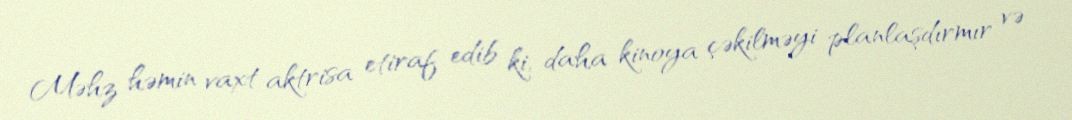
Məhz həmin vaxt aktrisa etiraf edib ki, daha kinoya çəkilməyi planlaşdırmır və